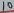
Text: 10